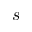
s